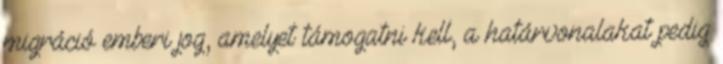
migráció emberi jog, amelyet támogatni kell, a határvonalakat pedig